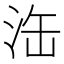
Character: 𣳬